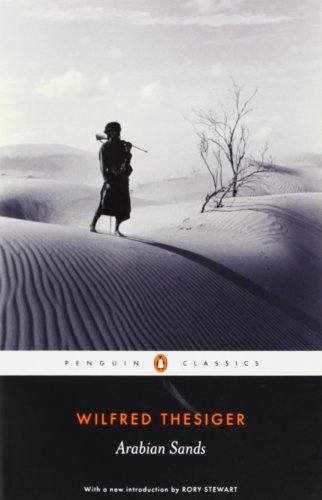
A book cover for Arabian Sands (Penguin Classics); Wilfred Thesiger; Biographies & Memoirs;